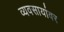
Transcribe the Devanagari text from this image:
व्यवसायांवर